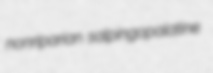
nonriparian salpingopalatine